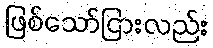
ဖြစ်သော်ငြားလည်း